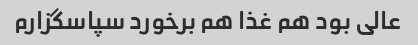
عالی بود هم غذا هم برخورد سپاسگزارم